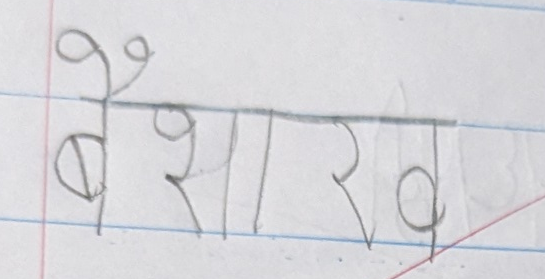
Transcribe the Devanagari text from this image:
बैशारख